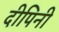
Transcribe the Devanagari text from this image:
दीपिनी